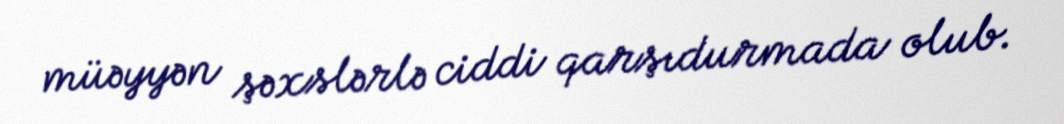
müəyyən şəxslərlə ciddi qarşıdurmada olub.